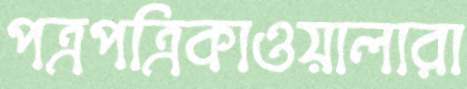
পত্রপত্রিকাওয়ালারা